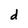
Character: d